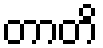
တာတိ